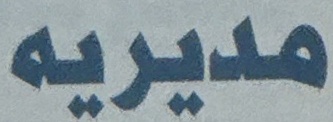
مديريه